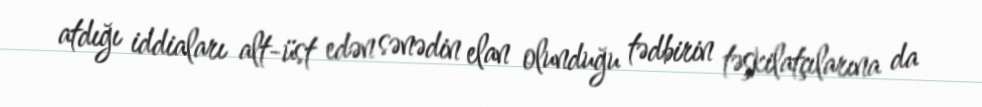
atdığı iddiaları alt-üst edən sənədin elan olunduğu tədbirin təşkilatçılarına da